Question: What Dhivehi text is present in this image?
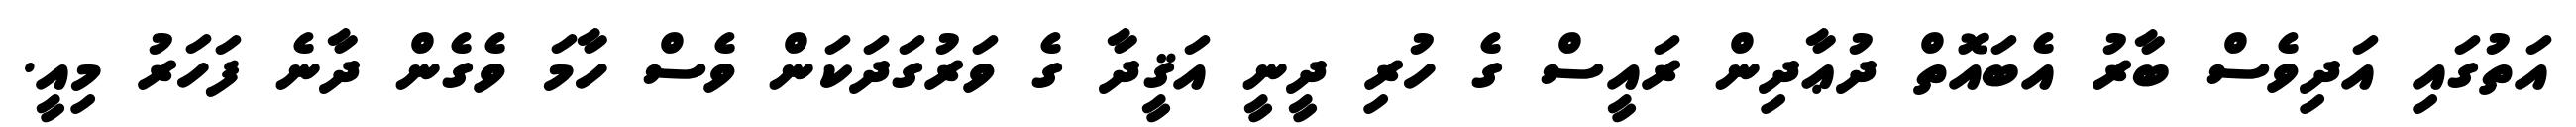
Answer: އަތުގައި އަދިވެސް ބާރު އެބައޮތް ދުޢާދިން ރައީސް ގެ ހުރި ދީނީ އަޤީދާ ގެ ވަރުގަދަކަން ވެސް ހާމަ ވެގެން ދާނެ ފަހަރު މިއީ.